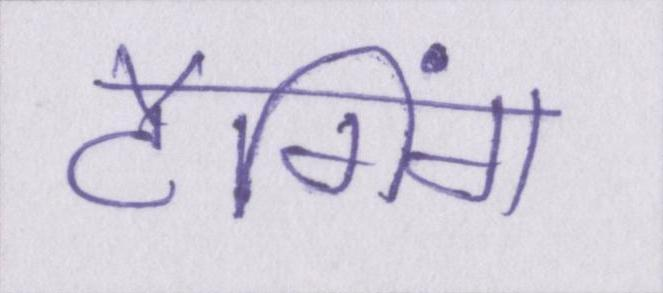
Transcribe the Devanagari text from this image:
टैगिंग